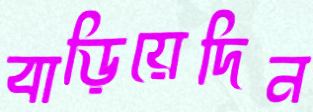
বাড়িয়েদিন